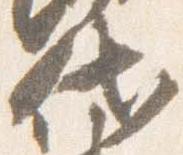
代